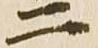
二